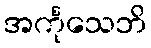
အင်္ကုသေဘိ